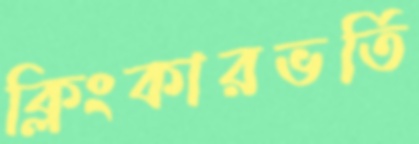
ক্লিংকারভর্তি